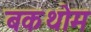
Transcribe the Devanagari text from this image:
बकथोम